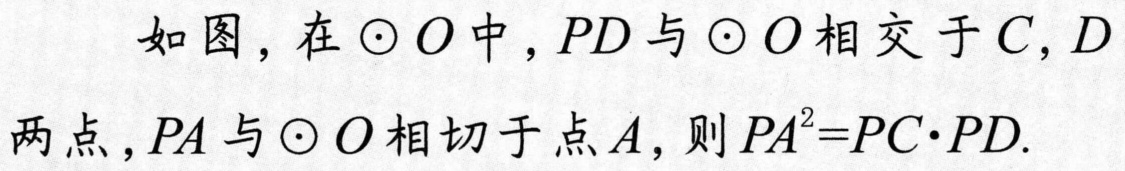
如图，在$\odot O$中，$PD$与$\odot O$相交于$C,D$
两点，$PA$与$\odot O$相切于点$A$，则$PA^{2}=PC\cdot PD$.